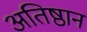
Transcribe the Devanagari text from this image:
अतिष्ठान